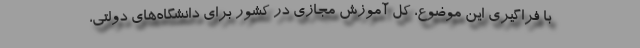
با فراگیری این موضوع، کل آموزش مجازی در کشور برای دانشگاه‌های دولتی،